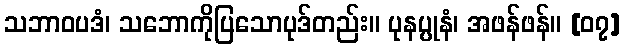
သဘာဝပဒံ၊ သဘောကိုပြသောပုဒ်တည်း။ ပုနပ္ပုနံ၊ အဖန်ဖန်။ [၀၇]